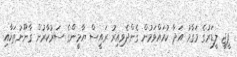
ޕީޖީ ލީޑަރުގެ މަގާމު އަދާ ކުރައްވަމުން ގެންދެވިއިރު ރައީސް ޔާމީންގެ ސަރުކާރުން ގާނޫނުތަކާއި